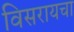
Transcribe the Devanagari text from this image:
विसरायचा